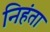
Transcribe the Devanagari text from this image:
निहंता